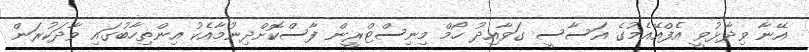
އޭނާ ވިދާޅުވީ އެފްއޭއެމުގެ އަސާސީ ގަވާއިދު ހޯމް މިނިސްޓްރީން ފާސްކޮށްދިނުމާއެކު އިންތިހާބުގައި ވާދަކުރަން